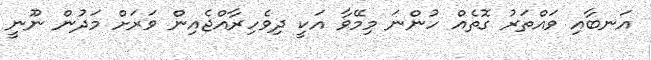
އަނބާއި ވައްތަރު ގޮތެއް ހުންނަ މިމޭވާ އަކީ ދިވެހިރާއްޖެއިން ވަރަށް މަދުން ނޫނީ